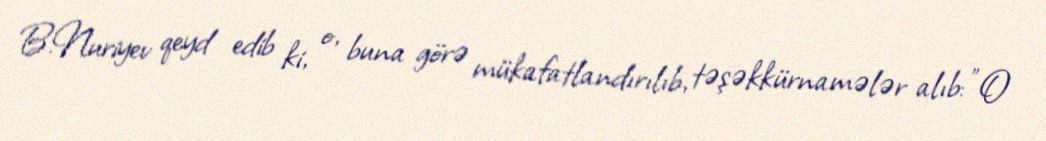
B.Nuriyev qeyd edib ki, o, buna görə mükafatlandırılıb, təşəkkürnamələr alıb: "O